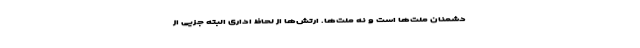
دشمنان ملت‌ها است و نه ملت‌ها. ارتش‌ها از لحاظ اداری البته جزیی از